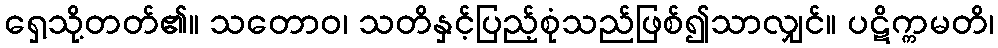
ရှေ့သို့တတ်၏။ သတောဝ၊ သတိနှင့်ပြည့်စုံသည်ဖြစ်၍သာလျှင်။ ပဋိက္ကမတိ၊